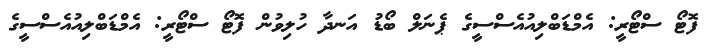
ފޮޓޯ ސްޓޯރީ: އެމްޑަބްލިއުއެސްސީގެ ޕެނަލް ބޯޑު އަނދާ ހުލިވުން ފޮޓޯ ސްޓޯރީ: އެމްޑަބްލިއުއެސްސީގެ